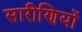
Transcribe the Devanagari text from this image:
सारीणियों